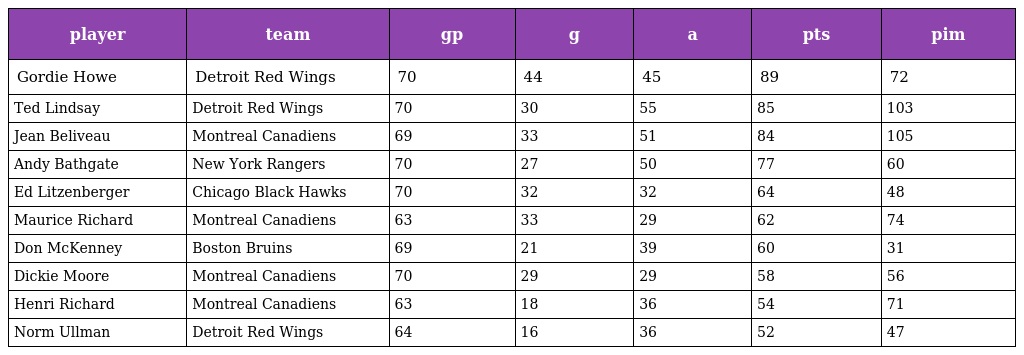
| player | team | gp | g | a | pts | pim |
 | --- | --- | --- | --- | --- | --- | --- |
 | Gordie Howe | Detroit Red Wings | 70 | 44 | 45 | 89 | 72 |
 | Ted Lindsay | Detroit Red Wings | 70 | 30 | 55 | 85 | 103 |
 | Jean Beliveau | Montreal Canadiens | 69 | 33 | 51 | 84 | 105 |
 | Andy Bathgate | New York Rangers | 70 | 27 | 50 | 77 | 60 |
 | Ed Litzenberger | Chicago Black Hawks | 70 | 32 | 32 | 64 | 48 |
 | Maurice Richard | Montreal Canadiens | 63 | 33 | 29 | 62 | 74 |
 | Don McKenney | Boston Bruins | 69 | 21 | 39 | 60 | 31 |
 | Dickie Moore | Montreal Canadiens | 70 | 29 | 29 | 58 | 56 |
 | Henri Richard | Montreal Canadiens | 63 | 18 | 36 | 54 | 71 |
 | Norm Ullman | Detroit Red Wings | 64 | 16 | 36 | 52 | 47 |